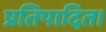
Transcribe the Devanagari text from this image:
प्रतिपादित।